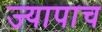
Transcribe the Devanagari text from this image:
ज्यापाच